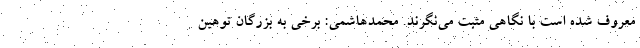
معروف شده است با نگاهی مثبت می‌نگرند. محمدهاشمی: برخی به بزرگان توهین